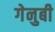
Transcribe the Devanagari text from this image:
गेनुबी